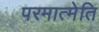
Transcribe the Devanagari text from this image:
परमात्मेति